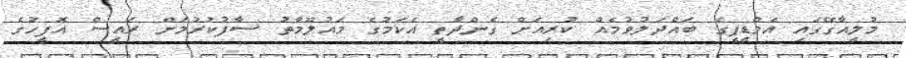
މުލީއާގޭގައި އެމްޑީޕީގެ ބައްދަލުވުމެއް ކުރިއަށް ގެންދާތީ އެކަމުގެ މައުލޫމާތު ސާފުކުރުމަށް ރައީސް އޮފީހުގެ